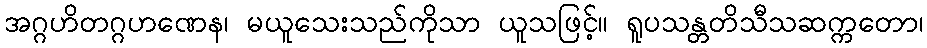
အဂ္ဂဟိတဂ္ဂဟဏေန၊ မယူသေးသည်ကိုသာ ယူသဖြင့်။ ရူပသန္တတိသီသဆက္ကတော၊